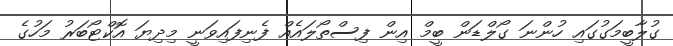
ގުލާބީމަގުގައި ހުންނަ ގޯލްޑަން ބީމް އިން ފިސްތޯލައެއް ފެނިފައިވަނީ މިދިޔަ އޮކްޓޯބަރު މަހުގެ